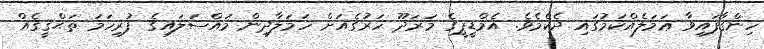
ހިންގާފައިވާ ޢަމަލެއްކަމުގައި ދެކެމެވެ. އެމްޑީޕީގެ މަރަދޫ ހަރުގެއަށް ހަމަލާދިން މައްސަލައިގެ ފުރިހަމަ ތަޙްޤީޤެއް